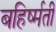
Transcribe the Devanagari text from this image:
बहिर्ष्मती